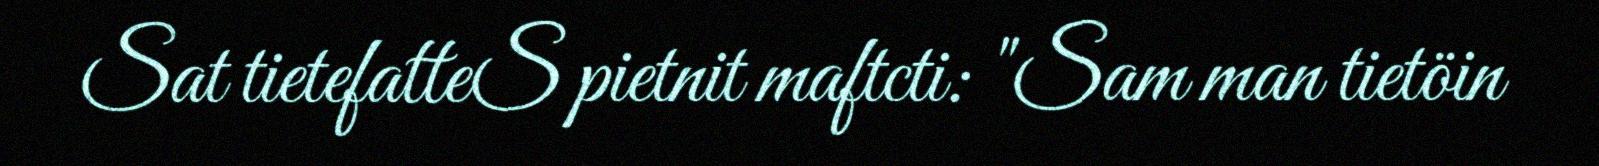
Sat tietefatteS pietnit maftcti: "Sam man tietöin